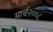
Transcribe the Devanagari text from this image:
मार्च२००८